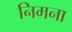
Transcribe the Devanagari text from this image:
निमना